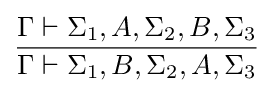
{\frac {\Gamma \vdash \Sigma _{1},A,\Sigma _{2},B,\Sigma _{3}}{\Gamma \vdash \Sigma _{1},B,\Sigma _{2},A,\Sigma _{3}}}